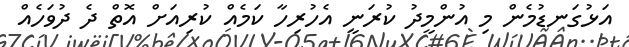
އަޅުގަނޑުމެން މި އުންމީދު ކުރަނީ އެހުރިހާ ކަމެއް ކުރިއަށް އޮތް ދެ ދުވަހެއް